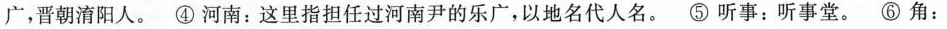
广，晋朝消阳人。④河南：这里指担任过河南尹的乐广，以地名代人名。⑤听事：听事堂。⑥角：